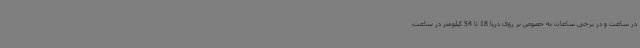
در ساعت و در برخی ساعات به خصوص بر روی دریا 18 تا 54 کیلومتر در ساعت،